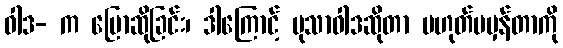
ဝါဒ- က ပြောဆိုခြင်း၊ ဒါကြောင့် မုသာဝါဒဆိုတာ မဟုတ်မမှန်တာကို